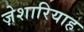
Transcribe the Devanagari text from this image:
ज़ेशारियाह